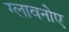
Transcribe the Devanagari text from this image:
ग्लावनोए